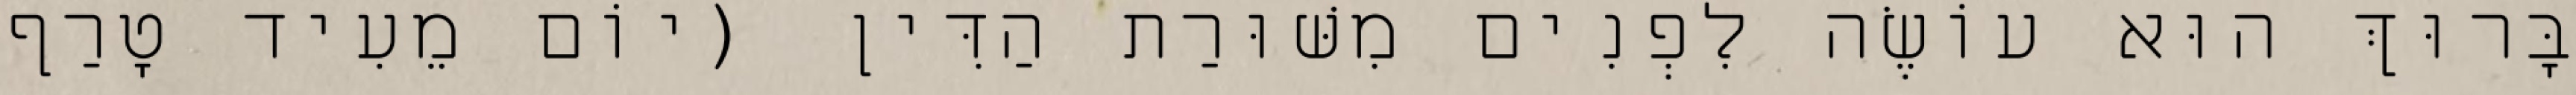
בָּרוּךְ הוּא עוֹשֶׂה לִפְנִים מִשּׁוּרַת הַדִּין (יוֹם מֵעִיד טָרַף